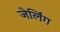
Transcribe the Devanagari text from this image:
जेर्लिंग